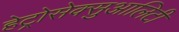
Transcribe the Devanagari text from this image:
हेट्रोसेक्सुआलिटी